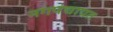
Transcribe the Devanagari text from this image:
नगपंचायत